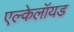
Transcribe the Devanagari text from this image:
एल्केलॉयड